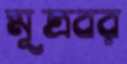
মূত্রবর